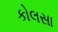
કોલસા